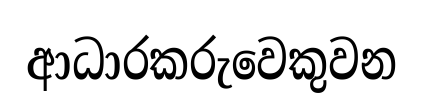
ආධාරකරුවෙකුවන